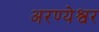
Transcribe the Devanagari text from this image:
अरण्येश्वर